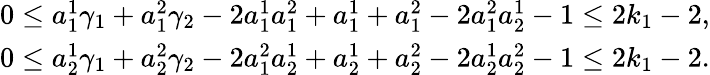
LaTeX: \begin{array}{r}{0\leq a_{1}^{1}\gamma_{1}+a_{1}^{2}\gamma_{2}-2a_{1}^{1}a_{1}^{2}+a_{1}^{1}+a_{1}^{2}-2a_{1}^{2}a_{2}^{1}-1\leq 2k_{1}-2,}\\ {0\leq a_{2}^{1}\gamma_{1}+a_{2}^{2}\gamma_{2}-2a_{1}^{2}a_{2}^{1}+a_{2}^{1}+a_{2}^{2}-2a_{2}^{1}a_{2}^{2}-1\leq 2k_{1}-2.}\end{array}